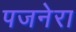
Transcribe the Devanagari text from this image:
पजनेरा